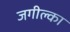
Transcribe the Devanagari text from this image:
जगील्का